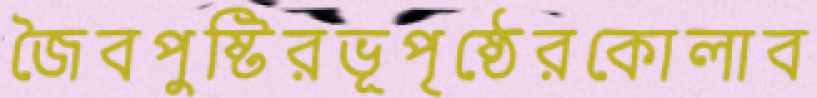
জৈবপুষ্টিরভূপৃষ্ঠেরকোলাব